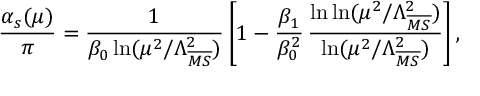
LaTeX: { \frac { \alpha _ { s } ( \mu ) } { \pi } } = { \frac { 1 } { \beta _ { 0 } \ln ( \mu ^ { 2 } / \Lambda _ { \overline { { { M S } } } } ^ { 2 } ) } } \left[ 1 - { \frac { \beta _ { 1 } } { \beta _ { 0 } ^ { 2 } } } \, { \frac { \ln \ln ( \mu ^ { 2 } / \Lambda _ { \overline { { { M S } } } } ^ { 2 } ) } { \ln ( \mu ^ { 2 } / \Lambda _ { \overline { { { M S } } } } ^ { 2 } ) } } \right] ,